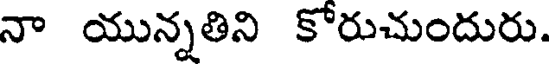
నా యున్నతిని కోరుచుందురు.